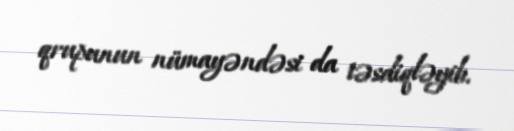
qrupunun nümayəndəsi da təsdiqləyib.